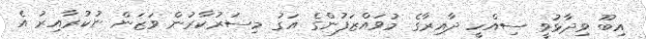
އިބޫ ވިދާޅުވީ ސިއްހީ ދާއިރާގެ މުވައްޒަފުންގެ އަގު މިސަރުކާރުން ވަޒަން ނުކުރާއިރު އެ